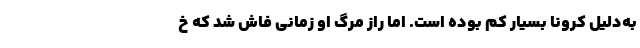
به‌دلیل کرونا بسیار کم بوده است. اما راز مرگ او زمانی فاش شد که خ